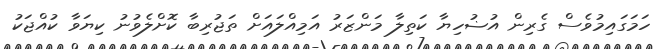
ހަމަގައިމުވެސް ގެރިން އުޟުހިޔާ ކަތިލާ މަންޒަރު އަމިއްލައަށް ތަޖުރިބާ ކޮށްލެވުނު ކިޔަވާ ކުއްޖަކު